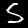
Label: 5